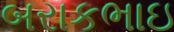
બરાકભાઇ